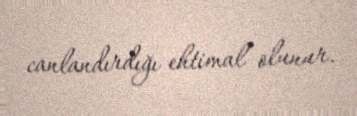
canlandırdığı ehtimal olunur.